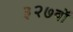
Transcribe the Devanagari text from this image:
३२७वॉ